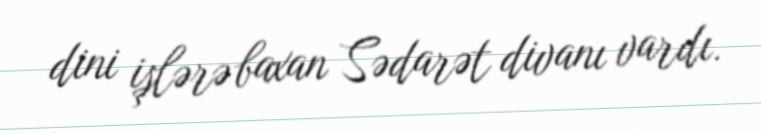
dini işlərə baxan Sədarət divanı vardı.